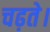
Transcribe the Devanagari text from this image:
चढ़ते।